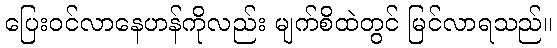
ပြေးဝင်လာနေဟန်ကိုလည်း မျက်စိထဲတွင် မြင်လာရသည်။